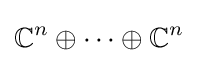
\mathbb {C} ^{n}\oplus \cdots \oplus \mathbb {C} ^{n}